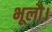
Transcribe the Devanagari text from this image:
भूलौ।